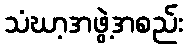
သံဃာ့အဖွဲ့အစည်း